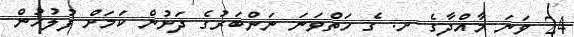
24 ވަނަ މާއްދާގެ ށ. ގެ ހަތްވަނަ ނަންބަރުގެ ދަށުން ކަމަށް ފުލުހުން